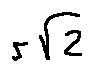
r \sqrt { 2 }